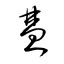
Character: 彗